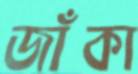
জাঁকা